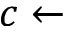
c \gets